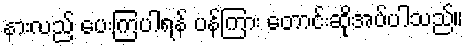
နားလည် ပေးကြပါရန် ပန်ကြား တောင်းဆိုအပ်ပါသည်။